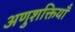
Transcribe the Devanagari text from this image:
अणुशक्तियाँ